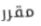
مقرر